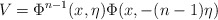
\begin{align*}V=\Phi^{n-1}(x,\eta)\Phi(x,-(n-1)\eta)\end{align*}